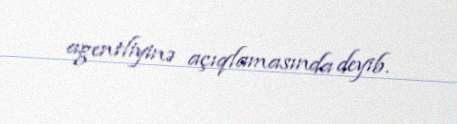
agentliyinə açıqlamasında deyib.